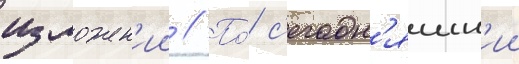
изложен'ии // По́ с'егодн'яшн'ии